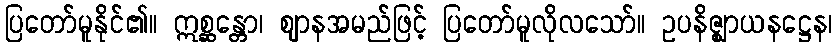
ပြတော်မူနိုင်၏။ ဣစ္ဆန္တော၊ ဈာနအမည်ဖြင့် ပြတော်မူလိုလသော်။ ဥပနိဇ္ဈာယနဋ္ဌေန၊